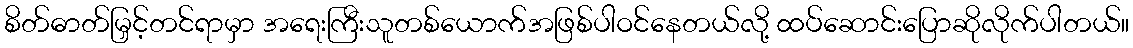
စိတ်ဓာတ်မြှင့်တင်ရာမှာ အရေးကြီးသူတစ်ယောက်အဖြစ်ပါဝင်နေတယ်လို့ ထပ်ဆောင်းပြောဆိုလိုက်ပါတယ်။